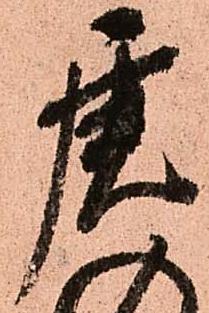
虎